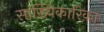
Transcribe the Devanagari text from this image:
सांख्यिकारिका